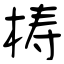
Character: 梼